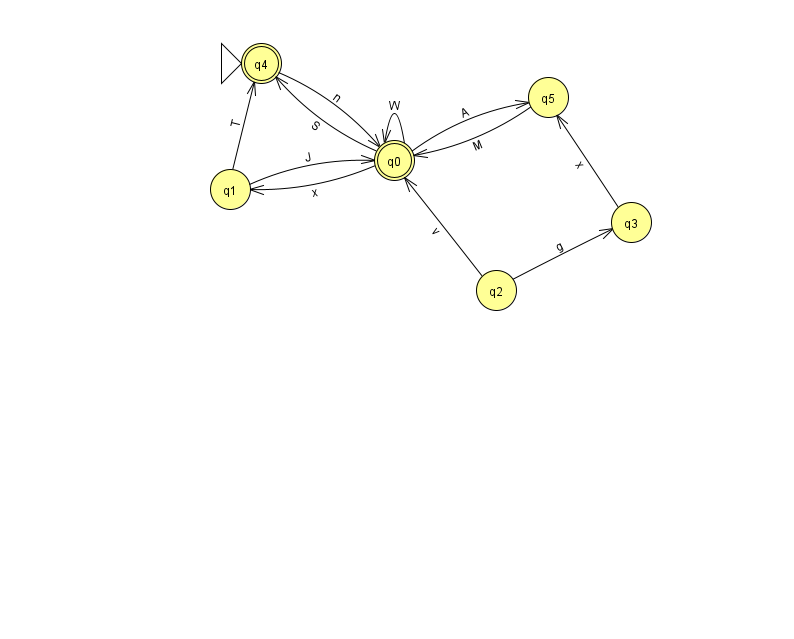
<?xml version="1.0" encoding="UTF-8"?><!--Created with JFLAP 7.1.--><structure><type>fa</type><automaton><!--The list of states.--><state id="0" name="q0"><x>394.0</x><y>147.0</y><final/></state><state id="1" name="q1"><x>230.0</x><y>176.0</y></state><state id="2" name="q2"><x>496.0</x><y>277.0</y></state><state id="3" name="q3"><x>631.0</x><y>209.0</y></state><state id="4" name="q4"><x>261.0</x><y>50.0</y><initial/><final/></state><state id="5" name="q5"><x>548.0</x><y>84.0</y></state><!--The list of transitions.--><transition><from>0</from><to>5</to><read>A</read></transition><transition><from>0</from><to>4</to><read>S</read></transition><transition><from>3</from><to>5</to><read>x</read></transition><transition><from>1</from><to>4</to><read>T</read></transition><transition><from>0</from><to>0</to><read>W</read></transition><transition><from>2</from><to>0</to><read>v</read></transition><transition><from>1</from><to>0</to><read>J</read></transition><transition><from>0</from><to>1</to><read>x</read></transition><transition><from>2</from><to>3</to><read>g</read></transition><transition><from>5</from><to>0</to><read>M</read></transition><transition><from>4</from><to>0</to><read>n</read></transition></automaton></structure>